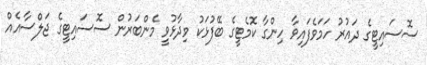
ސޮސައިޓީގެ ދައުރު ހަމަވެފައިވާ ހިންގާ ކޮމެޓީގެ ބޭފުޅަކު ވިދާޅުވީ މެންބަރުން ސޮސައިޓީގެ ޖަލްސާއެއް